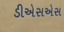
ડીએસએસ